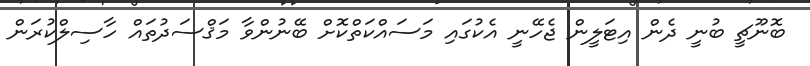
ބޮނޫޗީ ބުނީ ދެން އިޓަލީން ޖެހޭނީ އެކުގައި މަސައްކަތްކޮށް ބޭނުންވާ މަޤްސަދުތައް ހާސިލްކުރަން